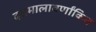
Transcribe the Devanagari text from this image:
दत्तमालावर्णांकित